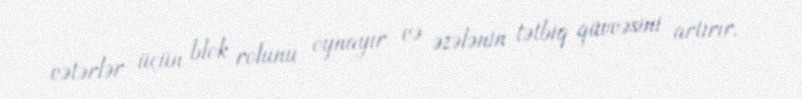
vətərlər üçün blok rolunu oynayır və əzələnin tətbiq qüvvəsini artırır.